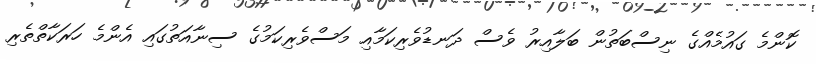
ކޮންމެ ގައުމެއްގެ ނިސްބަތުން ބަލާއިރު ވެސް ދަނޑުވެރިކަމާއި މަސްވެރިކަމުގެ ސިނާއަތުގައި އެންމެ ހަރަކާތްތެރި